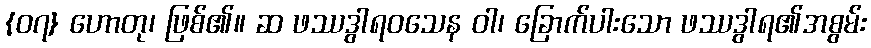
{၀၇} ဟောတု၊ ဖြစ်၏။ ဆ ဖဿဒွါရဝသေန ဝါ၊ ခြောက်ပါးသော ဖဿဒွါရ၏အစွမ်း